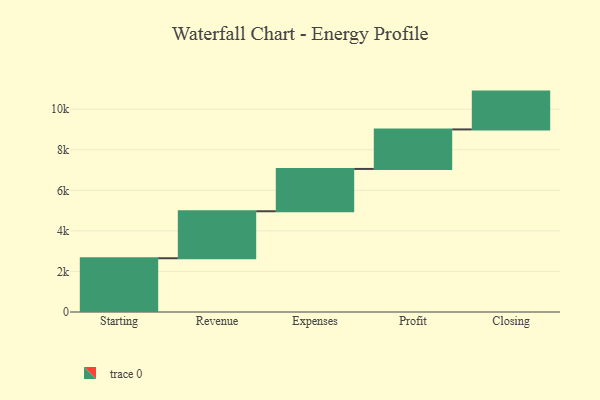
{"axis": {"x": "Step", "y": "Value"}, "legend": [""], "data": [{"x": "Starting", "y": 2650.0, "type": ""}, {"x": "Revenue", "y": 2317.0, "type": ""}, {"x": "Expenses", "y": 2087.0, "type": ""}, {"x": "Profit", "y": 1948.0, "type": ""}, {"x": "Closing", "y": 1865.0, "type": ""}]}